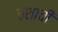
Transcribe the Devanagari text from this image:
ठशाची